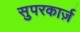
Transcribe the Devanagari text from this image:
सुपरकार्ज़